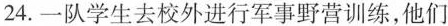
24.一队学生去校外进行军事野营训练，他们